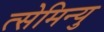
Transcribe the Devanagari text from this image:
त्सेमिन्यु